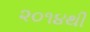
૨૦૧૪થી